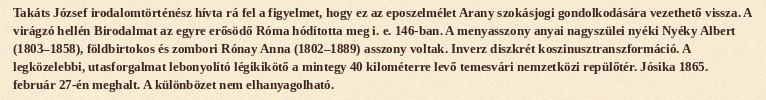
Takáts József irodalomtörténész hívta rá fel a figyelmet, hogy ez az eposzelmélet Arany szokásjogi gondolkodására vezethető vissza. A virágzó hellén Birodalmat az egyre erősödő Róma hódította meg i. e. 146-ban. A menyasszony anyai nagyszülei nyéki Nyéky Albert (1803–1858), földbirtokos és zombori Rónay Anna (1802–1889) asszony voltak. Inverz diszkrét koszinusztranszformáció. A legközelebbi, utasforgalmat lebonyolító légikikötő a mintegy 40 kilométerre levő temesvári nemzetközi repülőtér. Jósika 1865. február 27-én meghalt. A különbözet nem elhanyagolható.